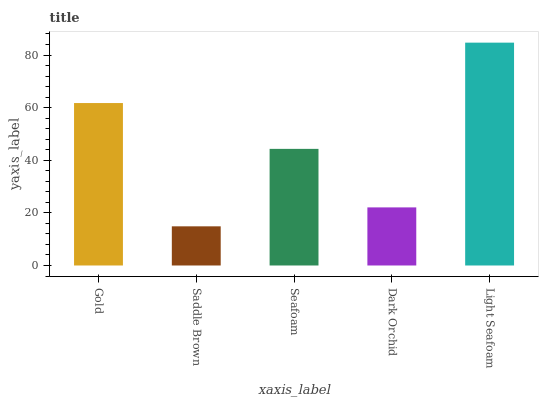
| xaxis_label | bars |
 | --- | --- |
 | Gold | 61.8 |
 | Saddle Brown | 14.9 |
 | Seafoam | 44.3 |
 | Dark Orchid | 22.1 |
 | Light Seafoam | 84.7 |